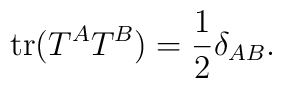
{\rm tr}(T^A T^B) = {1 \over 2} \delta_{AB} .